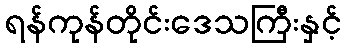
ရန်ကုန်တိုင်းဒေသကြီးနှင့်